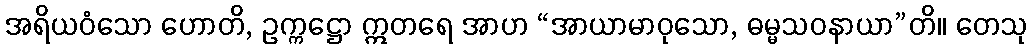
အရိယဝံသော ဟောတိ, ဥက္ကဋ္ဌော ဣတရေ အာဟ “အာယာမာဝုသော, ဓမ္မသဝနာယာ”တိ။ တေသု